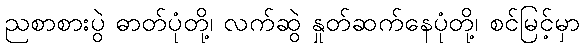
ညစာစားပွဲ ဓာတ်ပုံတို့၊ လက်ဆွဲ နှုတ်ဆက်နေပုံတို့၊ စင်မြင့်မှာ